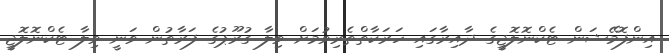
އިންފޮމޭޝަން ޓެކްނޮލޮޖީގެ ދާއިރާގައި ހަރަކާތްތެރިވުމަށް ވިލާ ގުރޫޕުގެ ފަރާތުން ވަނީ ވިލާ ޓެކްނޮލޮޖީ